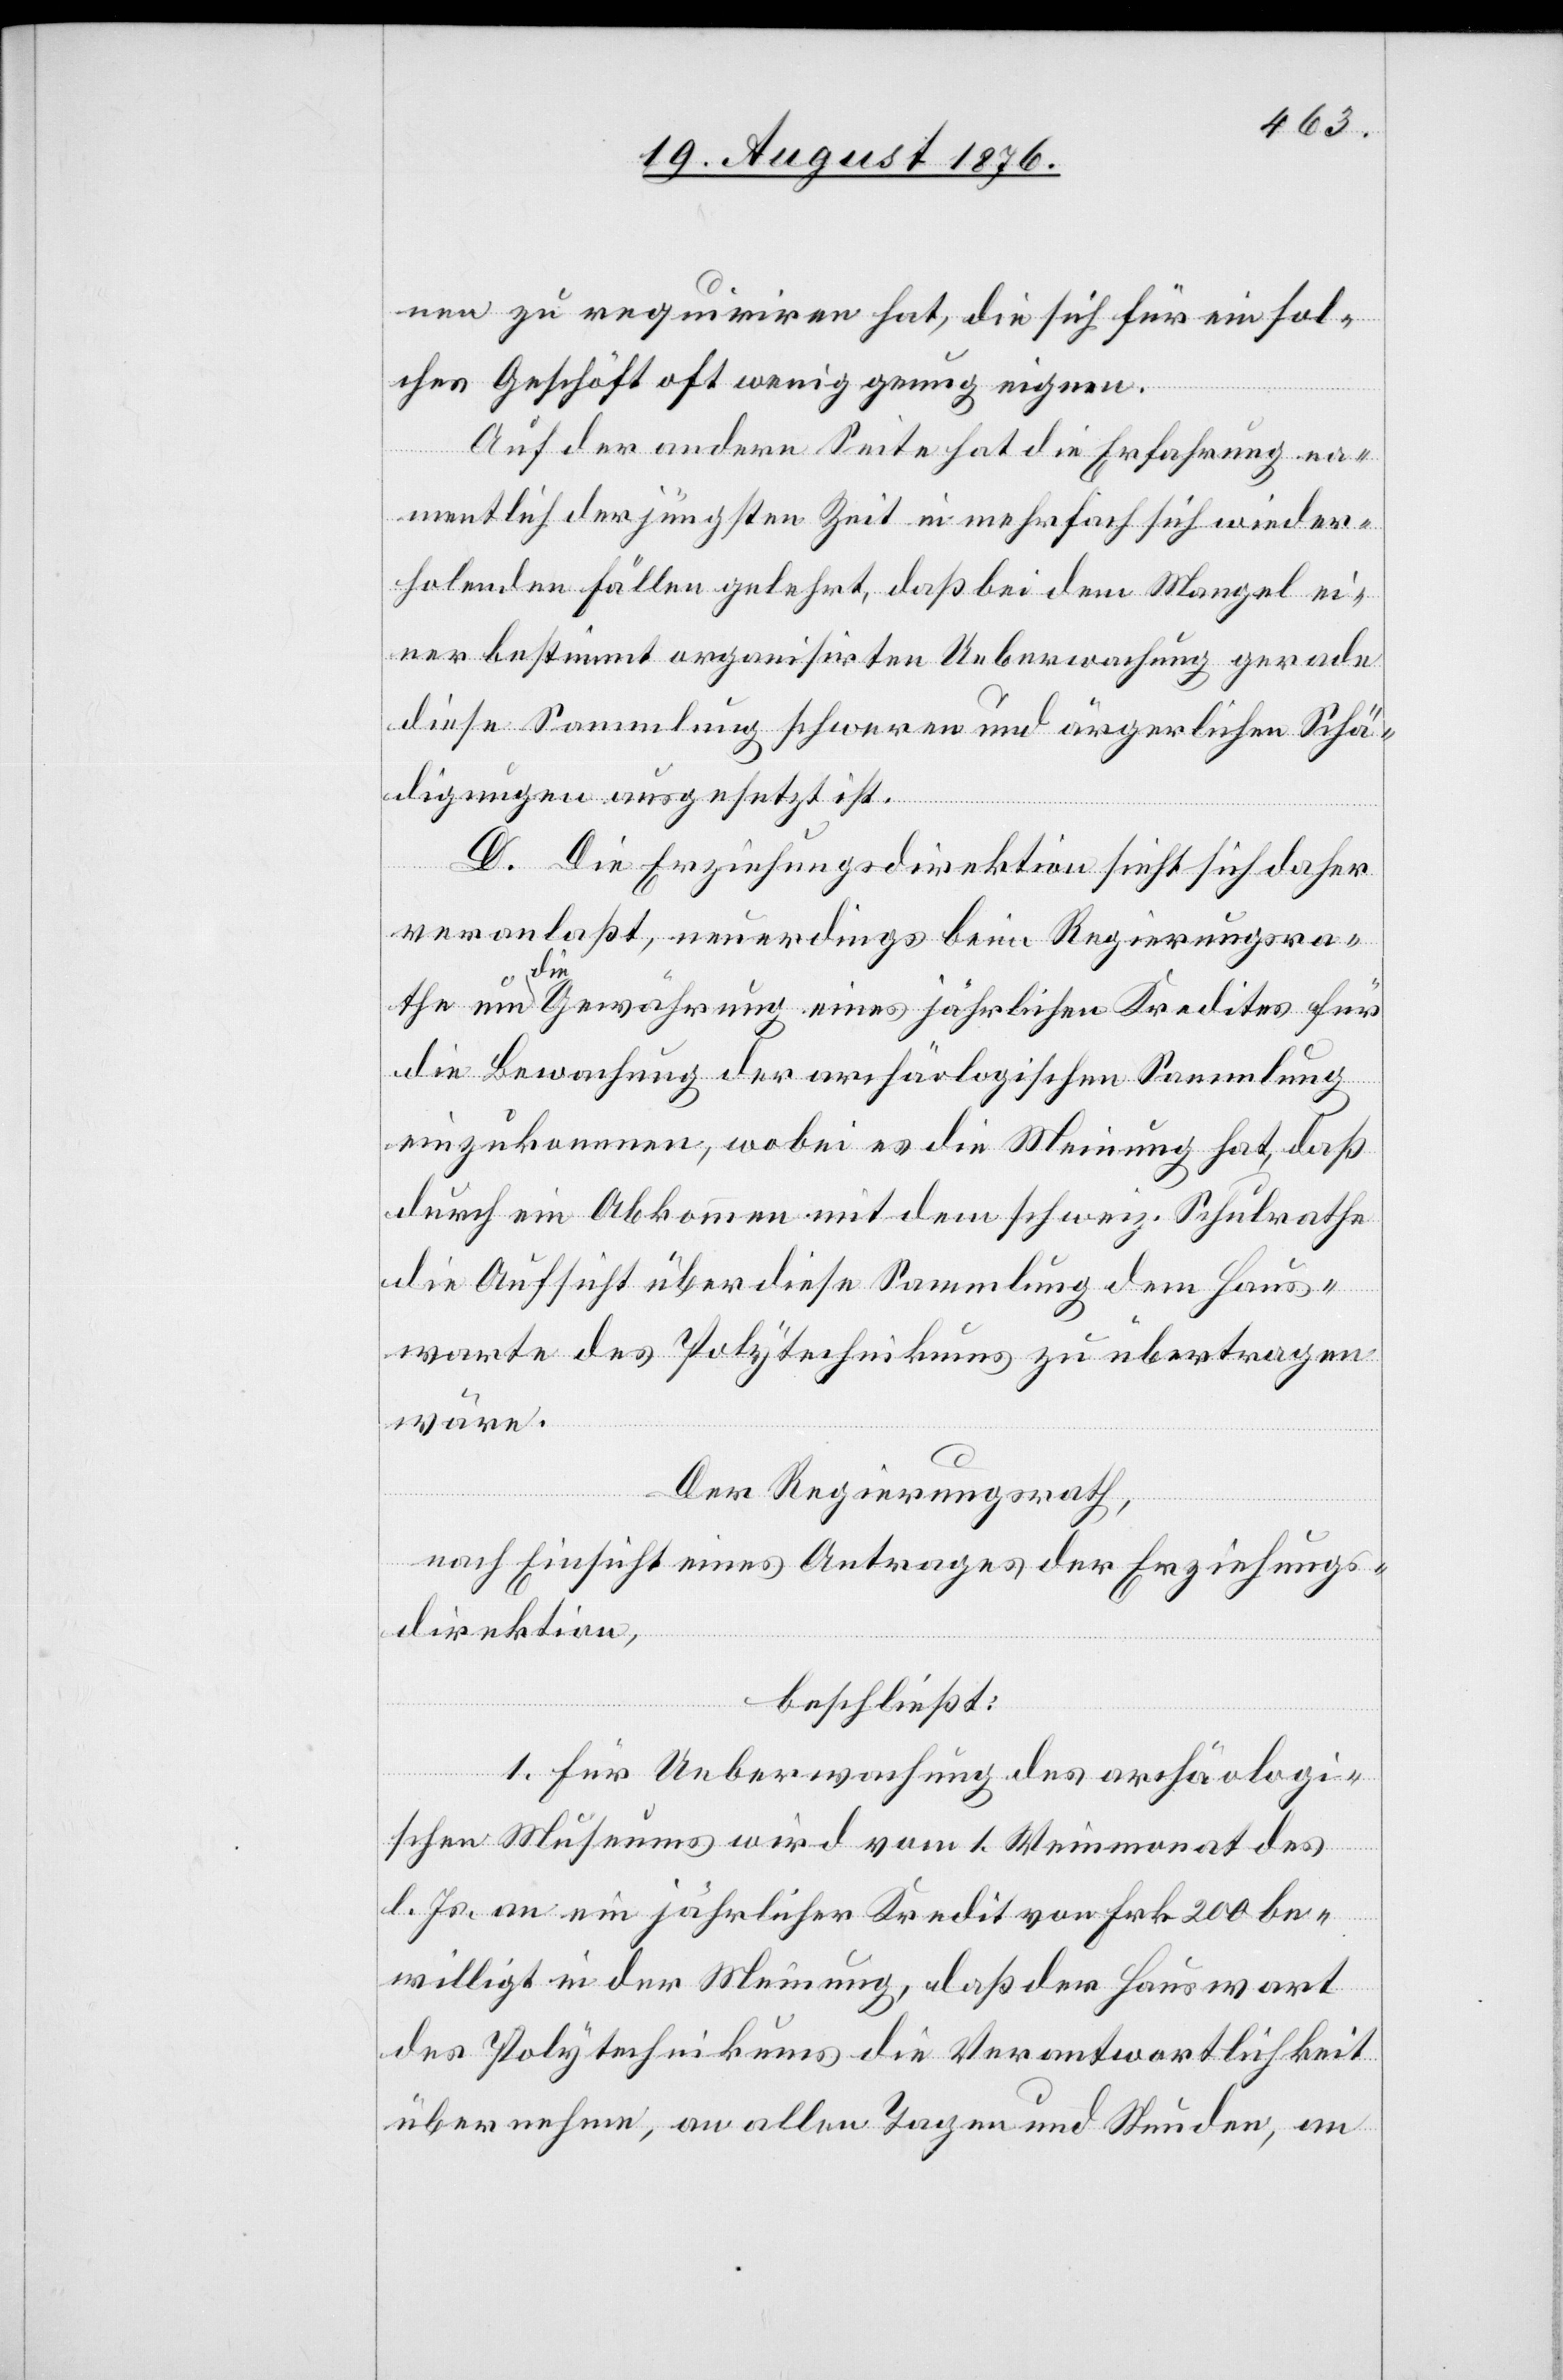
nen zu requiriren hat, die sich für ein sol¬
ches Geschäft oft wenig genug eignen.
Auf der andern Seite hat die Erfahrung na¬
mentlich der jüngsten Zeit in mehrfach sich wieder¬
holenden Fällen gelehrt, daß bei dem Mangel ei¬
ner bestimmt organisirten Ueberwachung gerade
diese Sammlung schweren und ärgerlichen Schä¬
digungen ausgesetzt ist.
D. Die Erziehungsdirektion sieht sich daher
veranlaßt, neuerdings beim Regierungsra¬
the
die a Gewährung eines jährlichen Kredites für
die Bewachung der archäologischen Sammlung
einzukommen, wobei es die Meinung hat, daß
durch ein Abkommen mit dem schweiz. Schulrathe
die Aufsicht über diese Sammlung dem Haus¬
warte des Polytechnikums zu übertragen
wäre.
Der Regierungsrath,
nach Einsicht eines Antrages der Erziehungs¬
direktion,
beschließt:
1. Für Ueberwachung des archäologi¬
schen Museums wird vom 1. Weinmonat des
l. Js. an ein jährlicher Kredit von Frk. 200 be¬
willigt in der Meinung, daß der Hauswart
des Polytechnikums die Verantwortlichkeit
überrechnen, an allen Tagen und Stunden, an